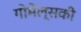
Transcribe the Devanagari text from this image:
गोमेल्सकी